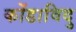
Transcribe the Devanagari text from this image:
कोंडाविदु